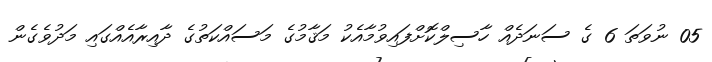
05 ނުވަތަ 6 ގެ ސަނަދެއް ހާސިލްކޮށްފައިވުމާއެކު މަޤާމުގެ މަސައްކަތުގެ ދާއިރާއެއްގައި މަދުވެގެން